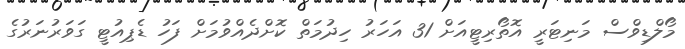
މޯލްޑިވްސް މަނިޓަރީ އޮތޯރިޓީއަށް 31 އަހަރު ހިދުމަތް ކޮށްދެއްވުމަށް ފަހު ޑެޕިއުޓީ ގަވަރުނަރުގެ